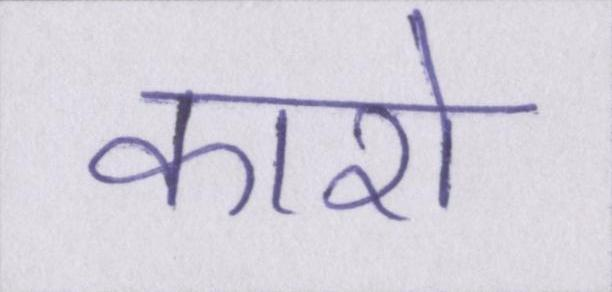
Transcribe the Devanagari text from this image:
कारो